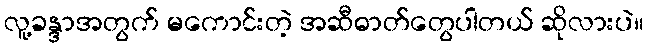
လူ့ခန္ဒာအတွက် မကောင်းတဲ့ အဆီဓာတ်တွေပါတယ် ဆိုလားပဲ။